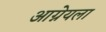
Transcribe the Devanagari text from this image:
आग्नेयला